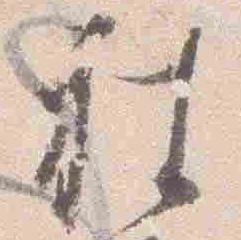
被